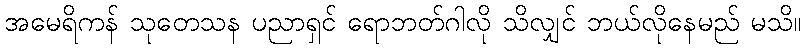
အမေရိကန် သုတေသန ပညာရှင် ရောဘတ်ဂါလို သိလျှင် ဘယ်လိုနေမည် မသိ။